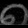
Digit: ၈